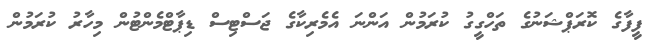
ފީފާގެ ކޮރަޕްޝަނުގެ ތަހްގީގު ކުރަމުން އަންނަ އެމެރިކާގެ ޖަސްޓިސް ޑިޕާޓްމެންޓުން މިހާރު ކުރަމުން